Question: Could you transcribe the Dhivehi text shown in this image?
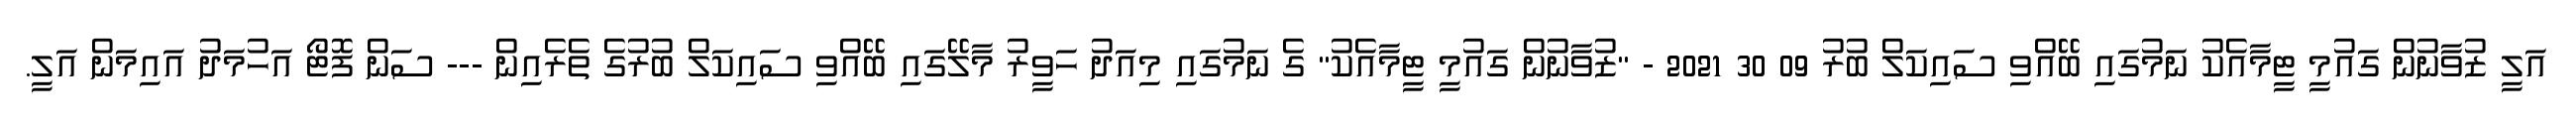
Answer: އަލީ ޒުވާނުން ގައުމީ ޓީމާއެކު ނަމުގައި ބޭއްވި ސައިކަލް ބުރު 09 30 2021 - "ޒުވާނުން ގައުމީ ޓީމާއެކު" ގެ ނަމުގައި މިއަދު ހަވީރު މާލޭގައި ބޭއްވި ސައިކަލް ބުރުގެ ތެރެއިން --- ސަން ފޮޓޯ އަހުމަދު އައިމަން އަލީ.